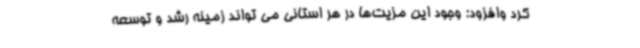
کرد وافزود: وجود این مزیت‌ها در هر استانی می تواند زمینه رشد و توسعه